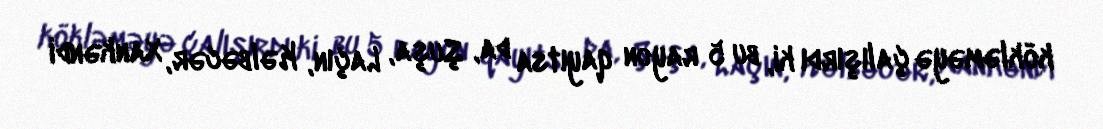
kökləməyə çalışırdı ki, bu 5 rayon qayıtsa da, Şuşa, Laçın, Kəlbəcər, Xankəndi